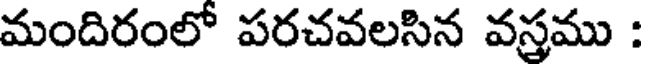
మందిరంలో పరచవలసిన వస్తము :